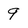
Character: 9